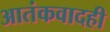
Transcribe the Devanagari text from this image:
आतंकवादही